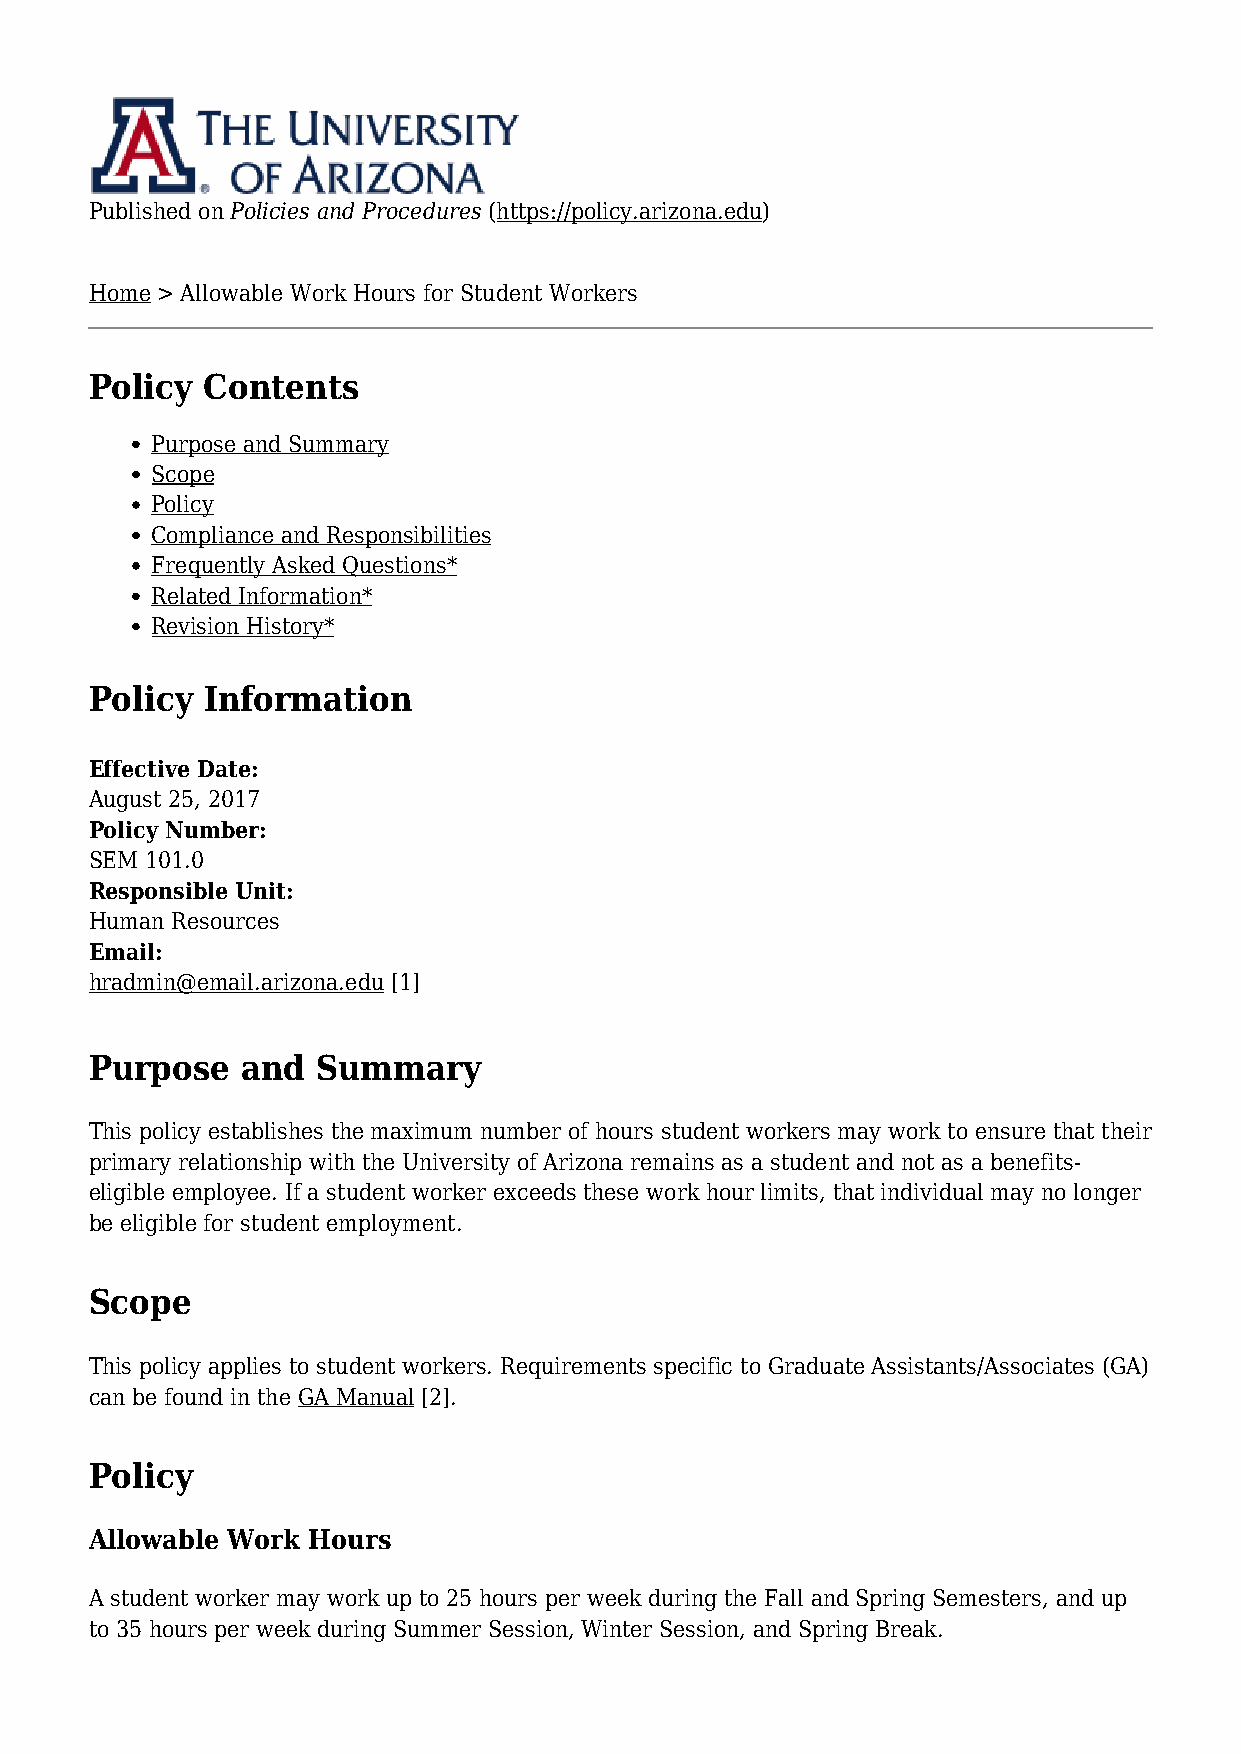
Published on Policies and Procedures (https://policy.arizona.edu)
 Home > Allowable Work Hours for Student Workers
 Policy Contents
 Purpose and Summary
 Scope
 Policy
 Compliance and Responsibilities
 Frequently Asked Questions*
 Related Information*
 Revision History*
 Policy Information
 Effective Date:
 August 25, 2017
 Policy Number:
 SEM 101.0
 Responsible Unit:
 Human Resources
 Email:
 hradmin@email.arizona.edu [1]
 Purpose   and  Summary
 This policy establishes the maximum number of hours student workers may work to ensure that their
 primary relationship with the University of Arizona remains as a student and not as a benefits-
 eligible employee. If a student worker exceeds these work hour limits, that individual may no longer
 be eligible for student employment.
 Scope
 This policy applies to student workers. Requirements specific to Graduate Assistants/Associates (GA)
 can be found in the GA Manual [2].
 Policy
 Allowable Work Hours
 A student worker may work up to 25 hours per week during the Fall and Spring Semesters, and up
 to 35 hours per week during Summer Session, Winter Session, and Spring Break.